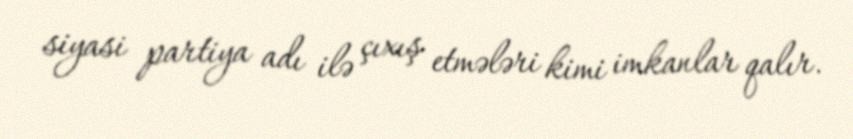
siyasi partiya adı ilə çıxış etmələri kimi imkanlar qalır.